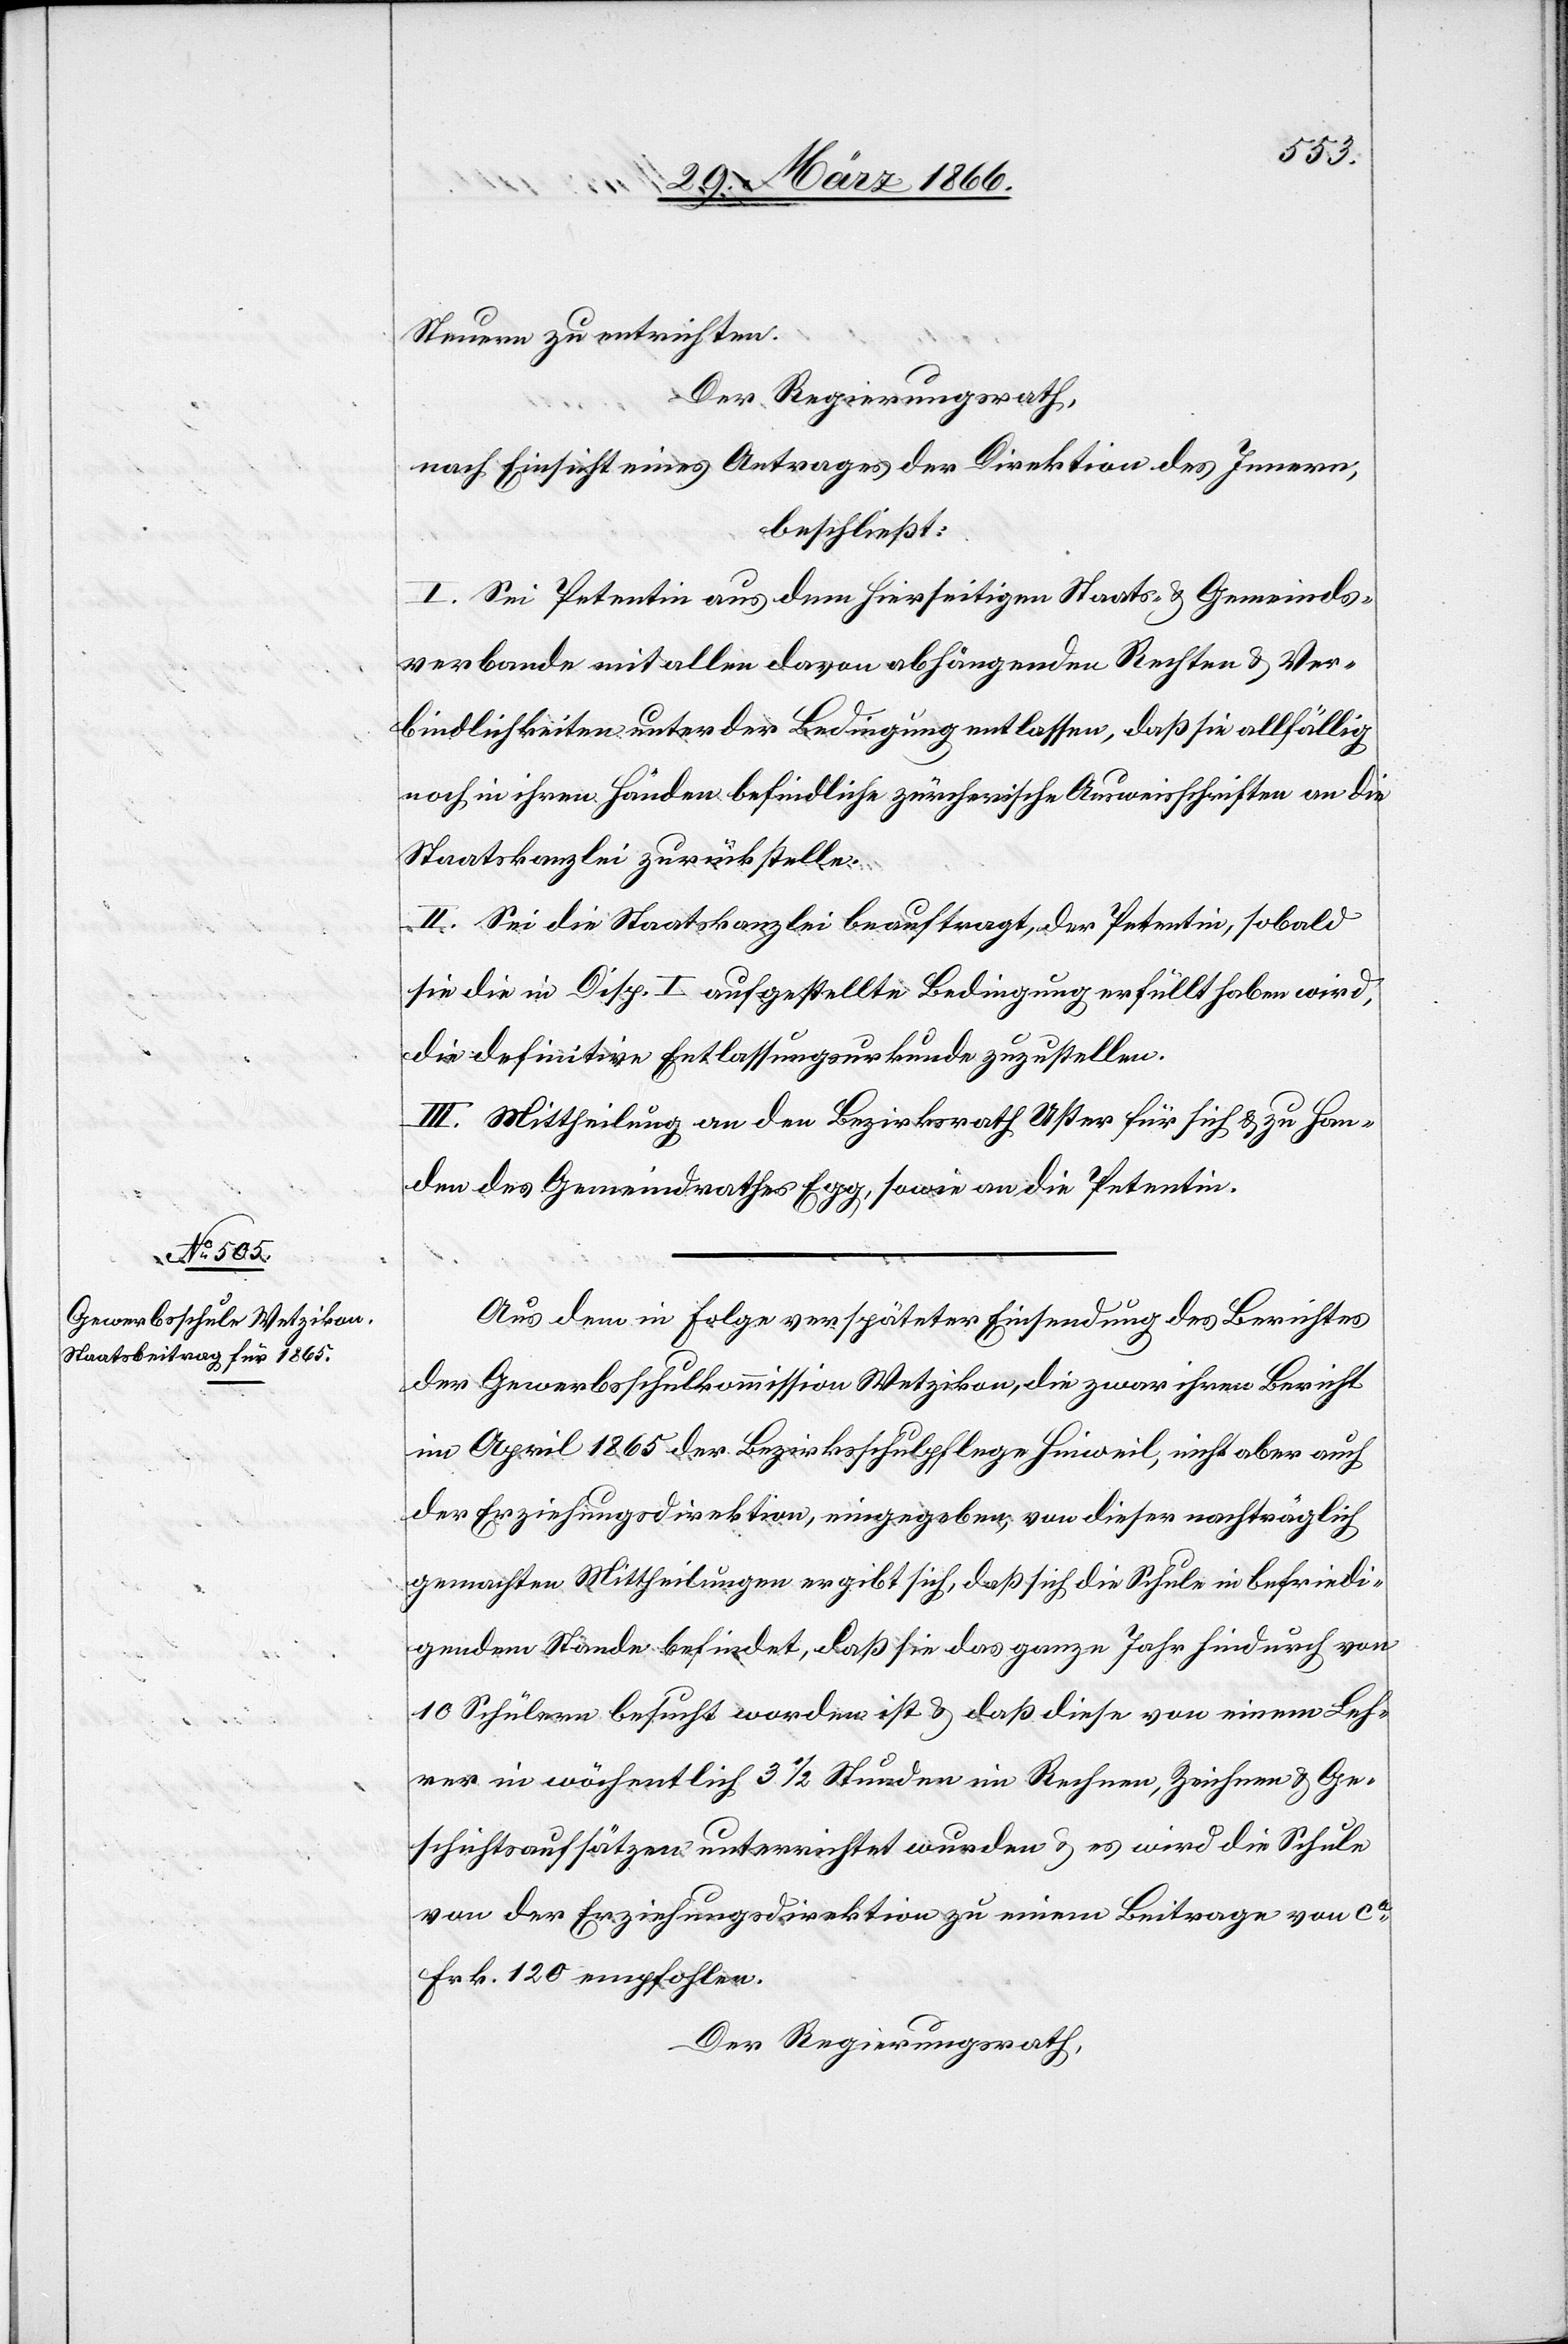
Steuern zu entrichten.
Der Regierungsrath,
nach Einsicht eines Antrages der Direktion des Innern,
beschließt:
I. Sei Petentin aus dem hierseitigen Staats- u. Gemeinds¬
verbande mit allen davon abhängenden Rechten u. Ver¬
bindlichkeiten unter der Bedingung entlassen, daß sie allfällig
noch in ihren Händen befindliche zürcherische Ausweisschriften an die
Staatskanzlei zurückstelle.
II. Sei die Staatskanzlei beauftragt, der Petentin, sobald
sie die in Disp. I aufgestellte Bedingung erfüllt haben wird,
die definitive Entlassungsurkunde zuzustellen.
III. Mittheilung an den Bezirksrath Uster für sich u. zu Han¬
den des Gemeindrathes Egg, sowie an die Petentin.
Aus dem in Folge verspäteter Einsendung des Berichtes
der Gewerbsschulkommission Wetzikon, die zwar ihren Bericht
im April 1865 der Bezirksschulpflege Hinweil, nicht aber auch
der Erziehungsdirektion, eingegeben, von dieser nachträglich
gemachten Mittheilungen [sic!] ergibt sich, daß sich die Schule in befriedi¬
gendem Stande befindet, daß sie das ganze Jahr hindurch von
10 Schülern besucht worden ist u. daß diese von einem Leh¬
rer in wöchentlich 3 1/2 Stunden im Rechnen, Zeichnen u. Ge¬
schichtsaufsätzen unterrichtet wurden u. es wird die Schule
von der Erziehungsdirektion zu einem Beitrag von ca.
Frk. 120 empfohlen.
Der Regierungsrath,